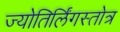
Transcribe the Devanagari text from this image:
ज्योतिर्लिंगस्तोत्र